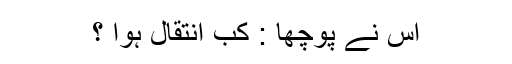
اس نے پوچھا : کب انتقال ہوا ؟